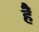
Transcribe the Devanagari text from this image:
हैें